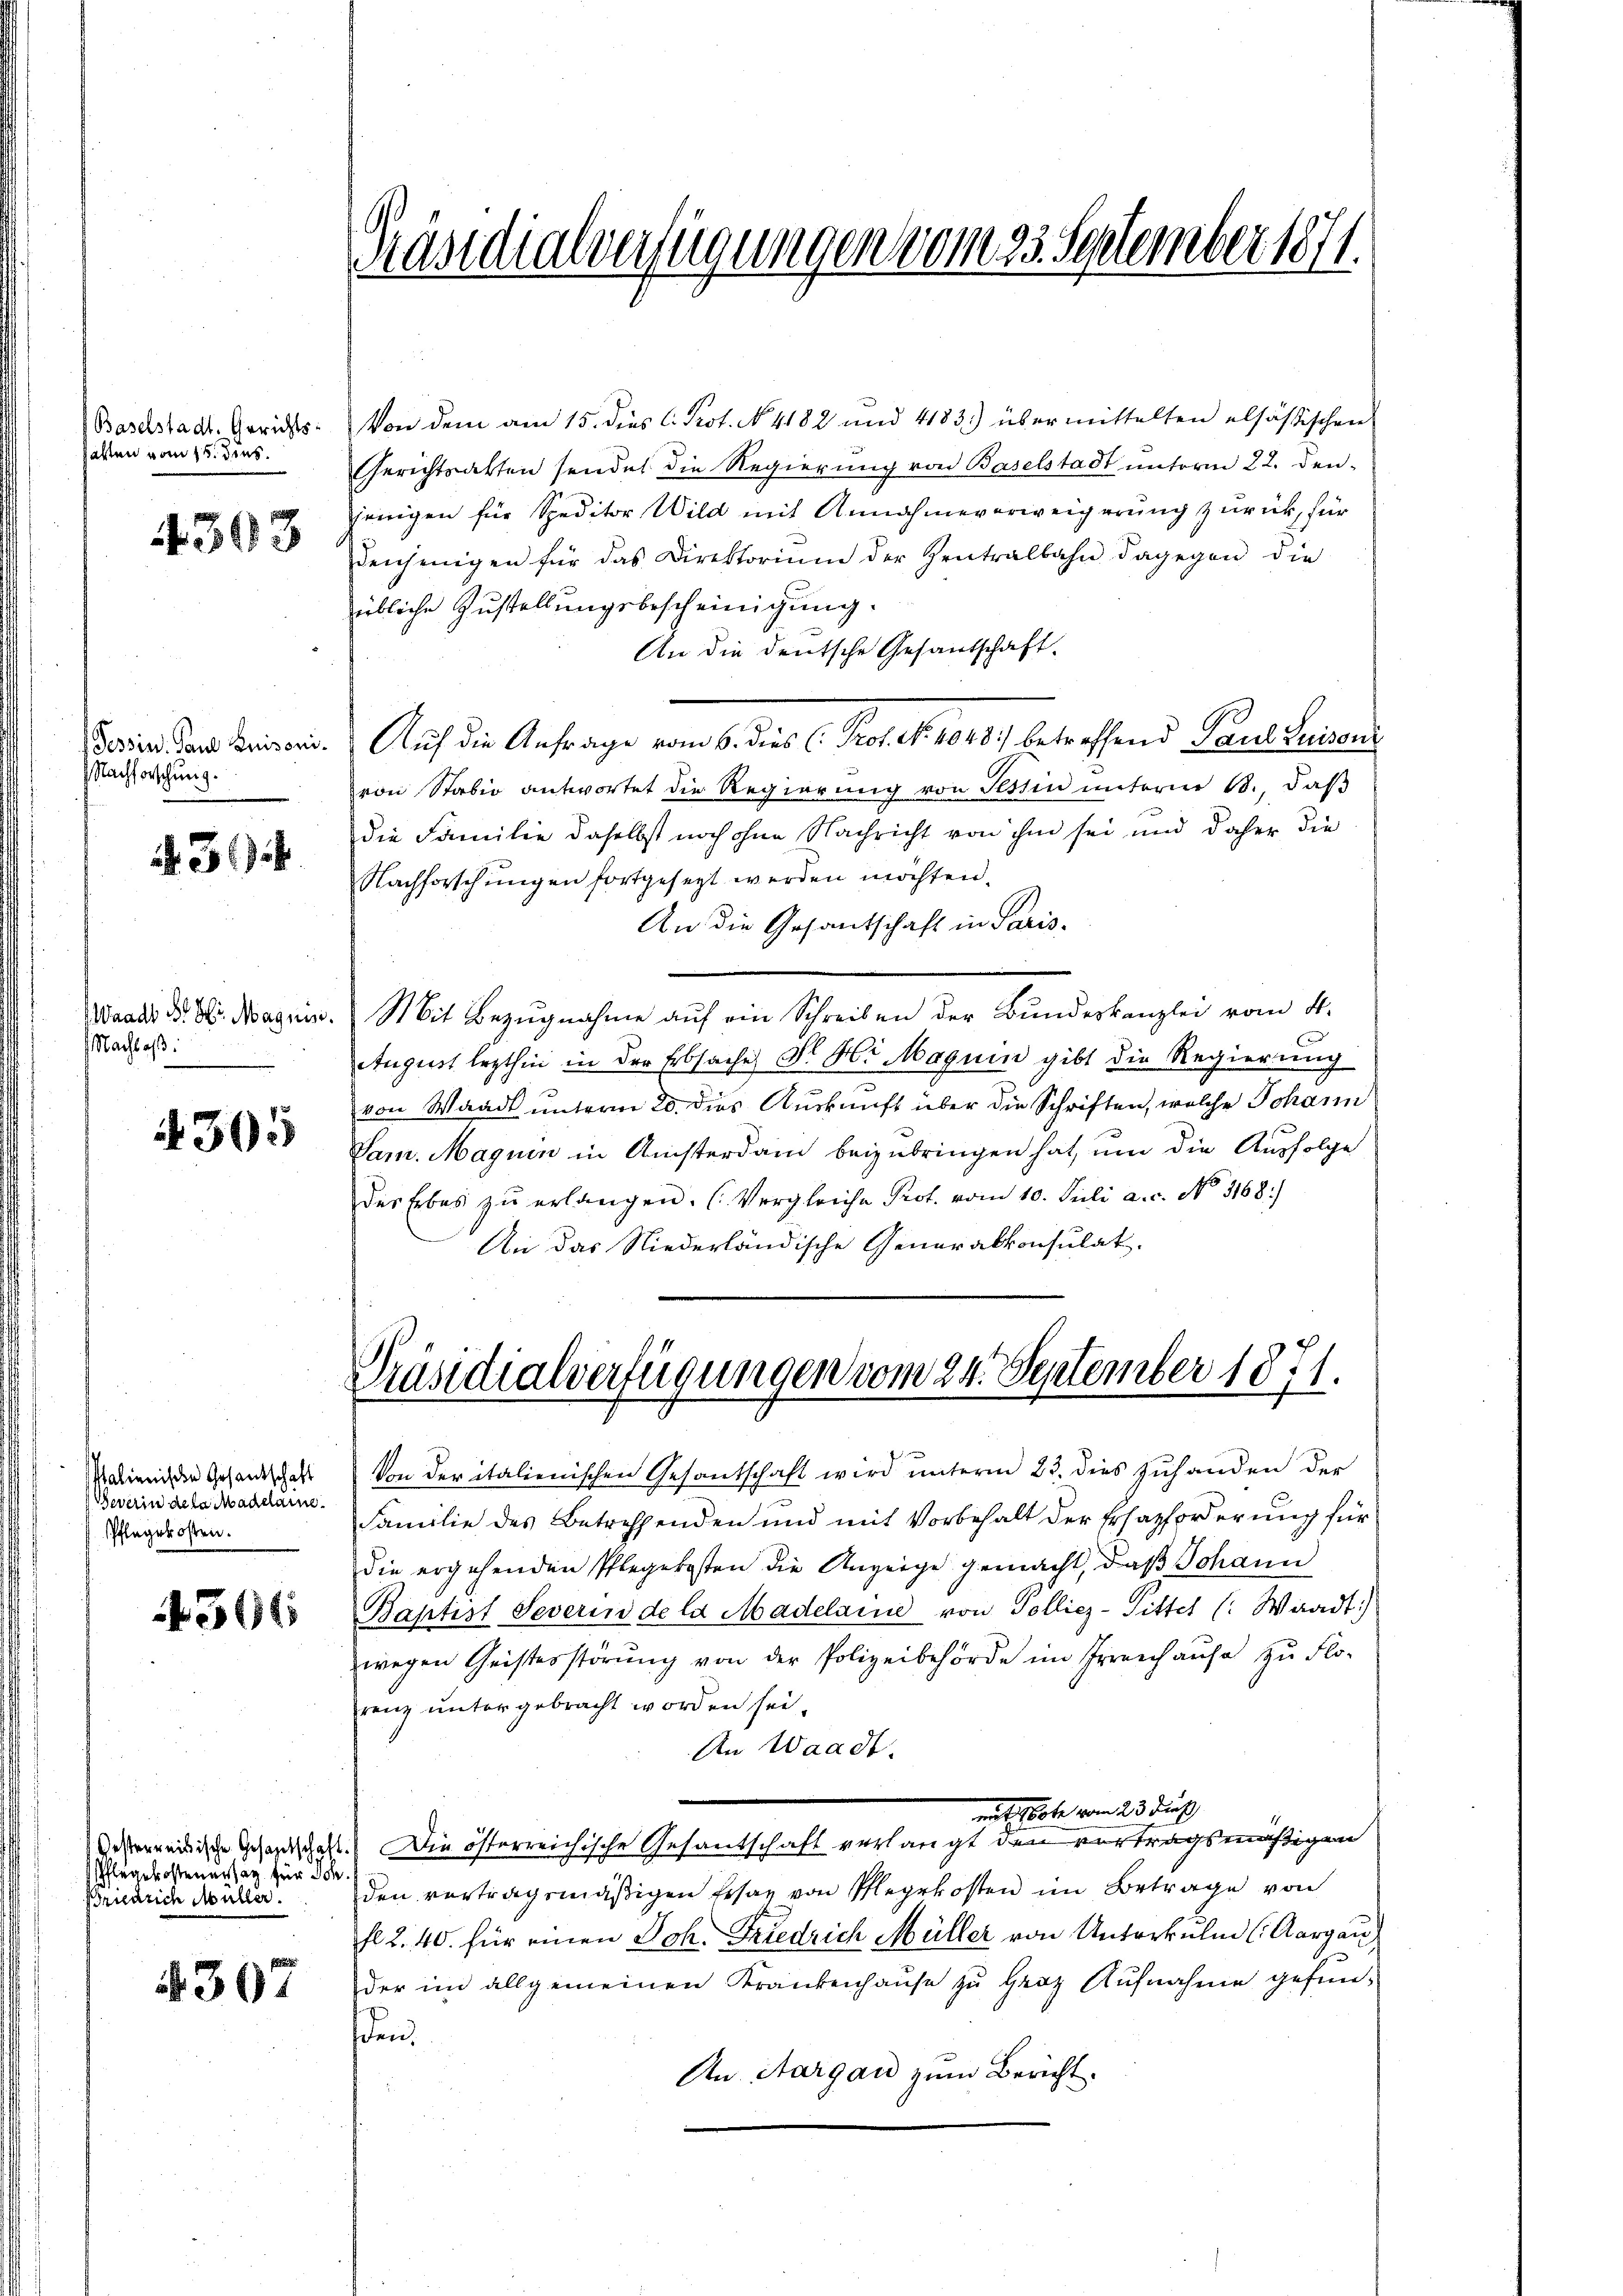
Baselstadt. Gerichts-
halten vom 15. Juns.

4303

Nachforschung.

§. 394.

Nachlaß.

305

Salienischen Gesandschaft
Severin gelacadelaine.
Pflegekosten.

504

Oesterreisische Gesandtschaft.
Pflegekostenersag für Sch
Briedrich Müller.

4307

Präsidialverfügungen vom 25. September 1871.

Von dem am 15. dies C. Prot. N. 4182 und 4183) übermittelten elsässischen
Gerichtsalten sendet die Regierŭng von Baselstadt ŭnterm 22. den-
jenigen für Speditor Wild mit Annahmeverweigerung zurück, für
denjenigen für das Direktorium der Zentralbahn dagegen die
übliche Zustellungsbescheinigung.
An die deutsche Gesandschaft.
Darin den Brinen. Auch die Anfrage vom 6. dies C. Prof. N. 1048. betreffend Paul Susanl
von Stabio antwortet die Regierung von Tessin unterm 18. daβ
die Familie daselbst noch ohne Nachricht von ihm sei und daher die
Nachforschungen fortgesezt werden möchten.
An die Gesantschaft in Paris.
Waadt der Dr. Magnin. Mit Bezŭgnahme aŭf ein Schreiben der Bundeskanzlei vom 4.
August lezthin in der Erbsaches Dr. H. Maguin gibt die Regierung
von Waadt unterm 20. dies Auskunft über die Schriften, welche Johann
Sam. Magnen in Ansterdam beizubringen hat, um die Ausfolge
der Erbes zŭ erlangen. (Vergleiche Prot. vom 10. Juli a. c. No 1168.
An das Niederländische Generalkonsulat.

Präsidialverfügungen vom 24. September 1871.

Von der italienischen Gesandschaft wird unterm 23. dies zuhanden der
Familie des Betreffenden und mit Vorbehalt der Ersatzforderung für
die ergehenden Pflegekosten die Anzeige gemacht, daß Johann
Baptist Severin de la Madelaine von Polliez-Pitter (: Waadt)
wegen Geistesstörŭng von der Polizeibehörde im Irreich aŭse zu Flo-
renz untergebracht worden sei.
An Waadt.
mit Note vom 23. dies
Die österreichische Gesantschaft verlangt den vortragsmäßigen
den vertragsmäßigen Ersaz von Pflegekosten im Betrage von
fl. 2. 40. für einen Joh. Friedrich Müller von Unterkulm (Aargau
der im allgemeinen Krankenhause zu Graz Aufnahme gefunden.
An Aargau zum Bericht.